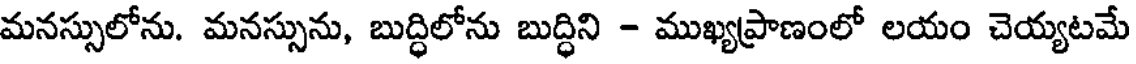
మనస్సులోను. మనస్సును, బుద్ధిలోను బుద్ధిని - ముఖ్యప్రాణంలో లయం చెయ్యటమే